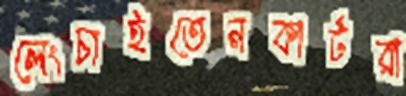
লেংচাইতেনকার্টরা